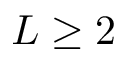
L \ge 2